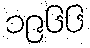
၁၉၆၆